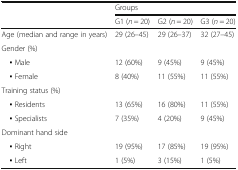
| <ROWSPAN=2>  | <COLSPAN=3> Groups |
 | G1 (n = 20) | G2 (n = 20) | G3 (n = 20) |
 | --- | --- | --- | --- |
 | Age (median and range in years) | 29 (26–45) | 29 (26–37) | 32 (27–45) |
 | <COLSPAN=4> Gender (%) |
 | ▪ Male | 12 (60%) | 9 (45%) | 9 (45%) |
 | ▪ Female | 8 (40%) | 11 (55%) | 11 (55%) |
 | <COLSPAN=4> Training status (%) |
 | ▪ Residents | 13 (65%) | 16 (80%) | 11 (55%) |
 | ▪ Specialists | 7 (35%) | 4 (20%) | 9 (45%) |
 | <COLSPAN=4> Dominant hand side |
 | ▪ Right | 19 (95%) | 17 (85%) | 19 (95%) |
 | ▪ Left | 1 (5%) | 3 (15%) | 1 (5%) |